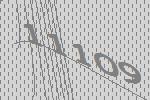
11109